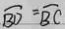
\overline { B D } = \overline { B C }